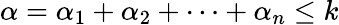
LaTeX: \alpha=\alpha_{1}+\alpha_{2}+\cdots+\alpha_{n}\leq k